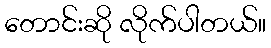
တောင်းဆို လိုက်ပါတယ်။